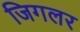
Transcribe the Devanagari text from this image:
जिगलर